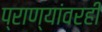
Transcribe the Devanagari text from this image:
प्राण्यांवरही